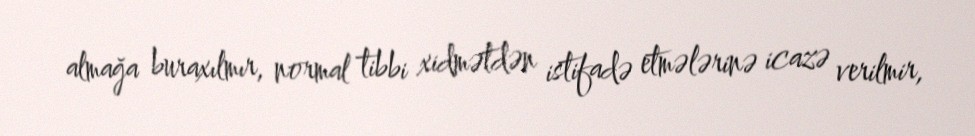
almağa buraxılmır, normal tibbi xidmətdən istifadə etmələrinə icazə verilmir,